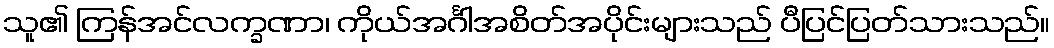
သူ၏ ကြန်အင်လက္ခဏာ၊ ကိုယ်အင်္ဂါအစိတ်အပိုင်းများသည် ပီပြင်ပြတ်သားသည်။